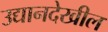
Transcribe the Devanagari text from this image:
उद्यानदेखील